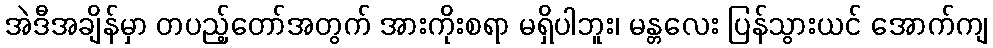
အဲဒီအချိန်မှာ တပည့်တော်အတွက် အားကိုးစရာ မရှိပါဘူး၊ မန္တလေး ပြန်သွားယင် အောက်ကျ